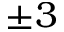
\pm 3